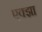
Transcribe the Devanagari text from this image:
एक्झा